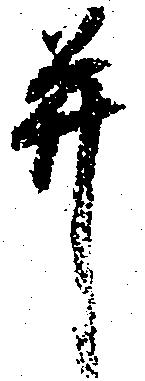
并